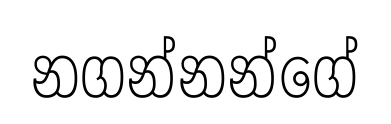
නගන්නන්ගේ